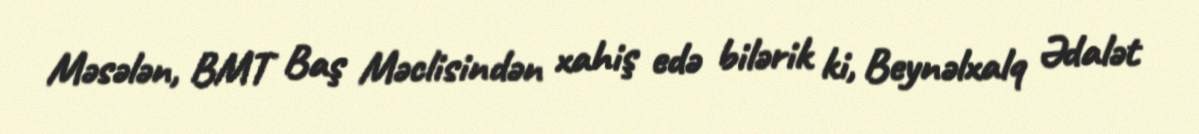
Məsələn, BMT Baş Məclisindən xahiş edə bilərik ki, Beynəlxalq Ədalət